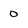
Character: 0